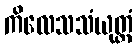
ကိလေသသံယုတ္တံ